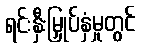
ရင်းနှီးမြှုပ်နှံမှုတွင်